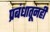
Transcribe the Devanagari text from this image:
प्रबंधातूनही